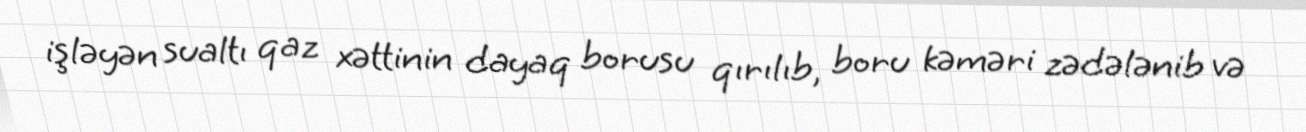
işləyən sualtı qaz xəttinin dayaq borusu qırılıb, boru kəməri zədələnib və